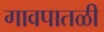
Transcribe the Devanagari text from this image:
गावपातळी